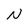
Character: N